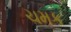
ચમક